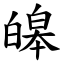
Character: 皞